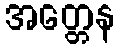
အတ္တေန